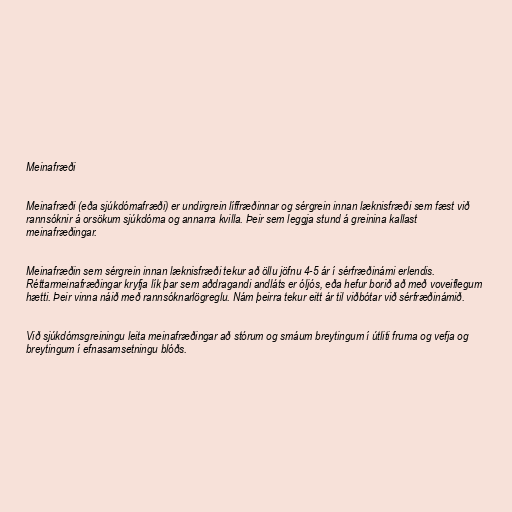
Meinafræði

Meinafræði (eða sjúkdómafræði) er undirgrein líffræðinnar og sérgrein innan læknisfræði sem fæst við
rannsóknir á orsökum sjúkdóma og annarra kvilla. Þeir sem leggja stund á greinina kallast
meinafræðingar.

Meinafræðin sem sérgrein innan læknisfræði tekur að öllu jöfnu 4-5 ár í sérfræðinámi erlendis.
Réttarmeinafræðingar kryfja lík þar sem aðdragandi andláts er óljós, eða hefur borið að með voveiflegum
hætti. Þeir vinna náið með rannsóknarlögreglu. Nám þeirra tekur eitt ár til viðbótar við sérfræðinámið.

Við sjúkdómsgreiningu leita meinafræðingar að stórum og smáum breytingum í útliti fruma og vefja og
breytingum í efnasamsetningu blóðs.